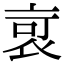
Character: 𧙃